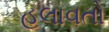
હલાવતો